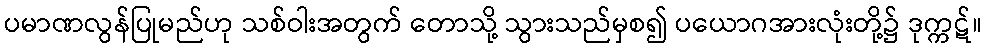
ပမာဏလွန်ပြုမည်ဟု သစ်ဝါးအတွက် တောသို့ သွားသည်မှစ၍ ပယောဂအားလုံးတို့၌ ဒုက္ကဋ်။